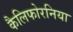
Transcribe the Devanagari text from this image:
कैलिफोरनिया